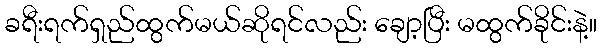
ခရီးရက်ရှည်ထွက်မယ်ဆိုရင်လည်း ချော့ပြီး မထွက်ခိုင်းနဲ့။